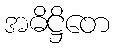
အဓိဋ္ဌိတေ